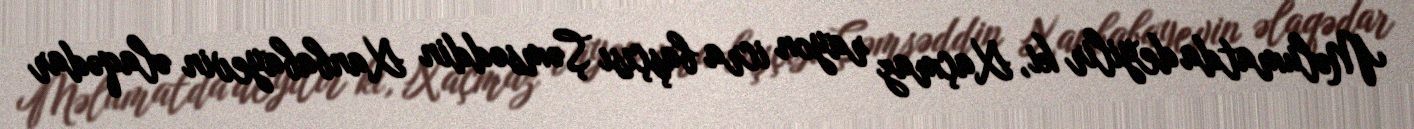
Məlumatda deyilir ki, Xaçmaz rayon icra başçısı Şəmsəddin Xanbabayevin əlaqədar